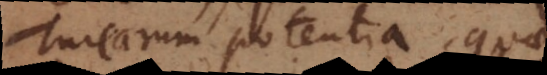
Turcarum potentia, quae